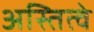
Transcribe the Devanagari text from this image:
अस्तित्वे